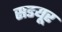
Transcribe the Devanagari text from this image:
सडयूर